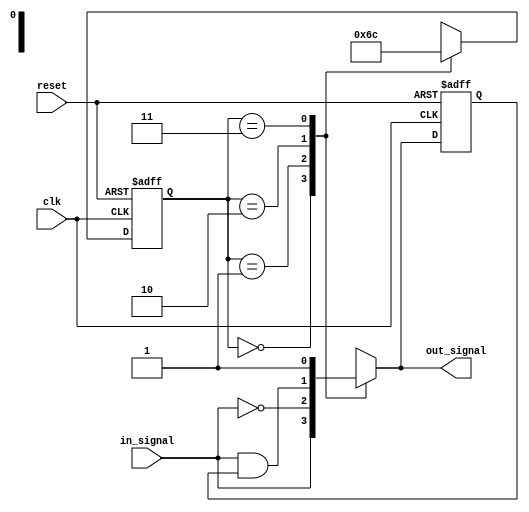
module Mealy_State_Machine (
    input clk,
    input reset,
    input in_signal,
    output reg out_signal
);

// State encoding
parameter S0 = 2'b00;
parameter S1 = 2'b01;
parameter S2 = 2'b10;
parameter S3 = 2'b11;

// State register
reg [1:0] state, next_state;

// Output register
reg out_signal_reg;

always @(posedge clk or posedge reset) begin
    if (reset) begin
        state <= S0;
        out_signal_reg <= 0;
    end else begin
        state <= next_state;
        out_signal_reg <= out_signal;
    end
end

// State transitions
always @* begin
    case(state)
        S0: begin
            next_state = S1;
            out_signal = in_signal;
        end
        S1: begin
            next_state = S2;
            out_signal = !in_signal;
        end
        S2: begin
            next_state = S3;
            out_signal = in_signal & out_signal_reg;
        end
        S3: begin
            next_state = S0;
            out_signal = 1;
        end
    endcase
end

endmodule